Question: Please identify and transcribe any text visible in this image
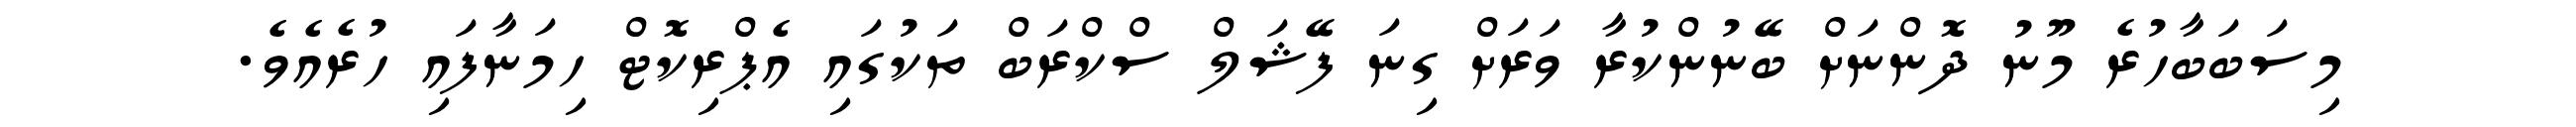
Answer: މިސަބަބާހުރެ މޫނު ދޮންނަށް ބޭނުންކުރާ ވަރަށް ގިނަ ފޭޝަލް ސްކްރަބް ތަކުގައި އެޕްރިކޮޓް ހިމަނާފައި ހުރެއެވެ.